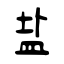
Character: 盐